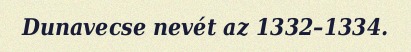
Dunavecse nevét az 1332–1334.